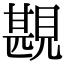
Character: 𧡪